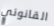
القانوني